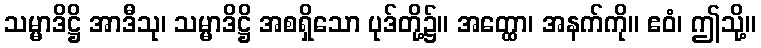
သမ္မာဒိဋ္ဌိ အာဒီသု၊ သမ္မာဒိဋ္ဌိ အစရှိသော ပုဒ်တို့၌။ အတ္ထော၊ အနက်ကို။ ဧဝံ၊ ဤသို့။